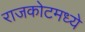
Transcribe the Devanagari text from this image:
राजकोटमध्ये